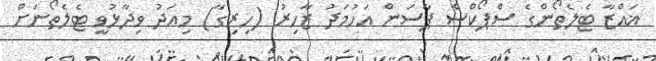
ޣައްޒާ ޓެލެތޯންގެ ސްޕޯކްސް ޕާސަން އަހުމަދު ޒާހިރު (ހިރިގާ) މިއަދު ވިދާޅުވީ ޓެލެތޯނަށް